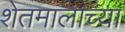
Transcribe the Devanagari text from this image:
शेतमालाच्या